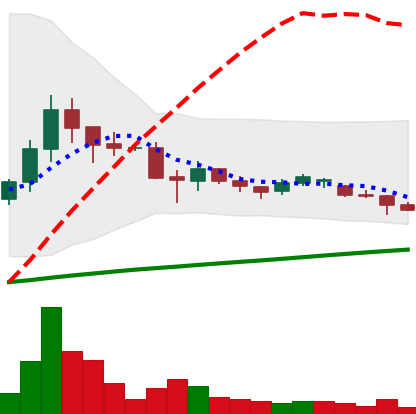
Ticker: DOGE-USD
Chart end date: 2021-06-19
Forward return: -8.552%
Label: down_7plus